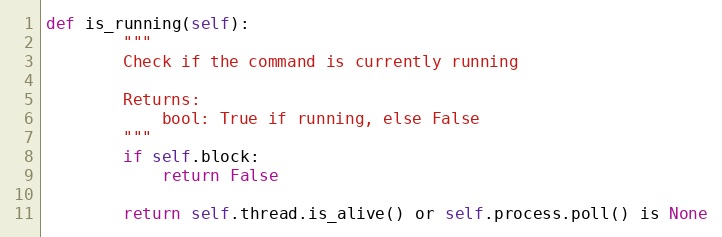
Language: Python
def is_running(self):
        """
        Check if the command is currently running

        Returns:
            bool: True if running, else False
        """
        if self.block:
            return False

        return self.thread.is_alive() or self.process.poll() is None